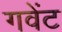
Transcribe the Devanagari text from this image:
गवेंट